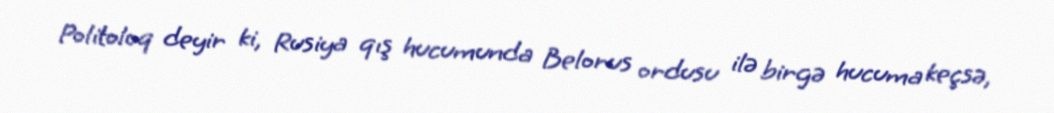
Politoloq deyir ki, Rusiya qış hucumunda Belorus ordusu ilə birgə hucuma keçsə,